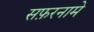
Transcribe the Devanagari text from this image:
सफ़रनामे